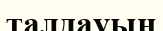
талдауын